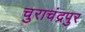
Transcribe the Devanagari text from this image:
चुराचंद्रपुर